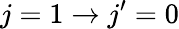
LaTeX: j=1\rightarrow j^{\prime}=0